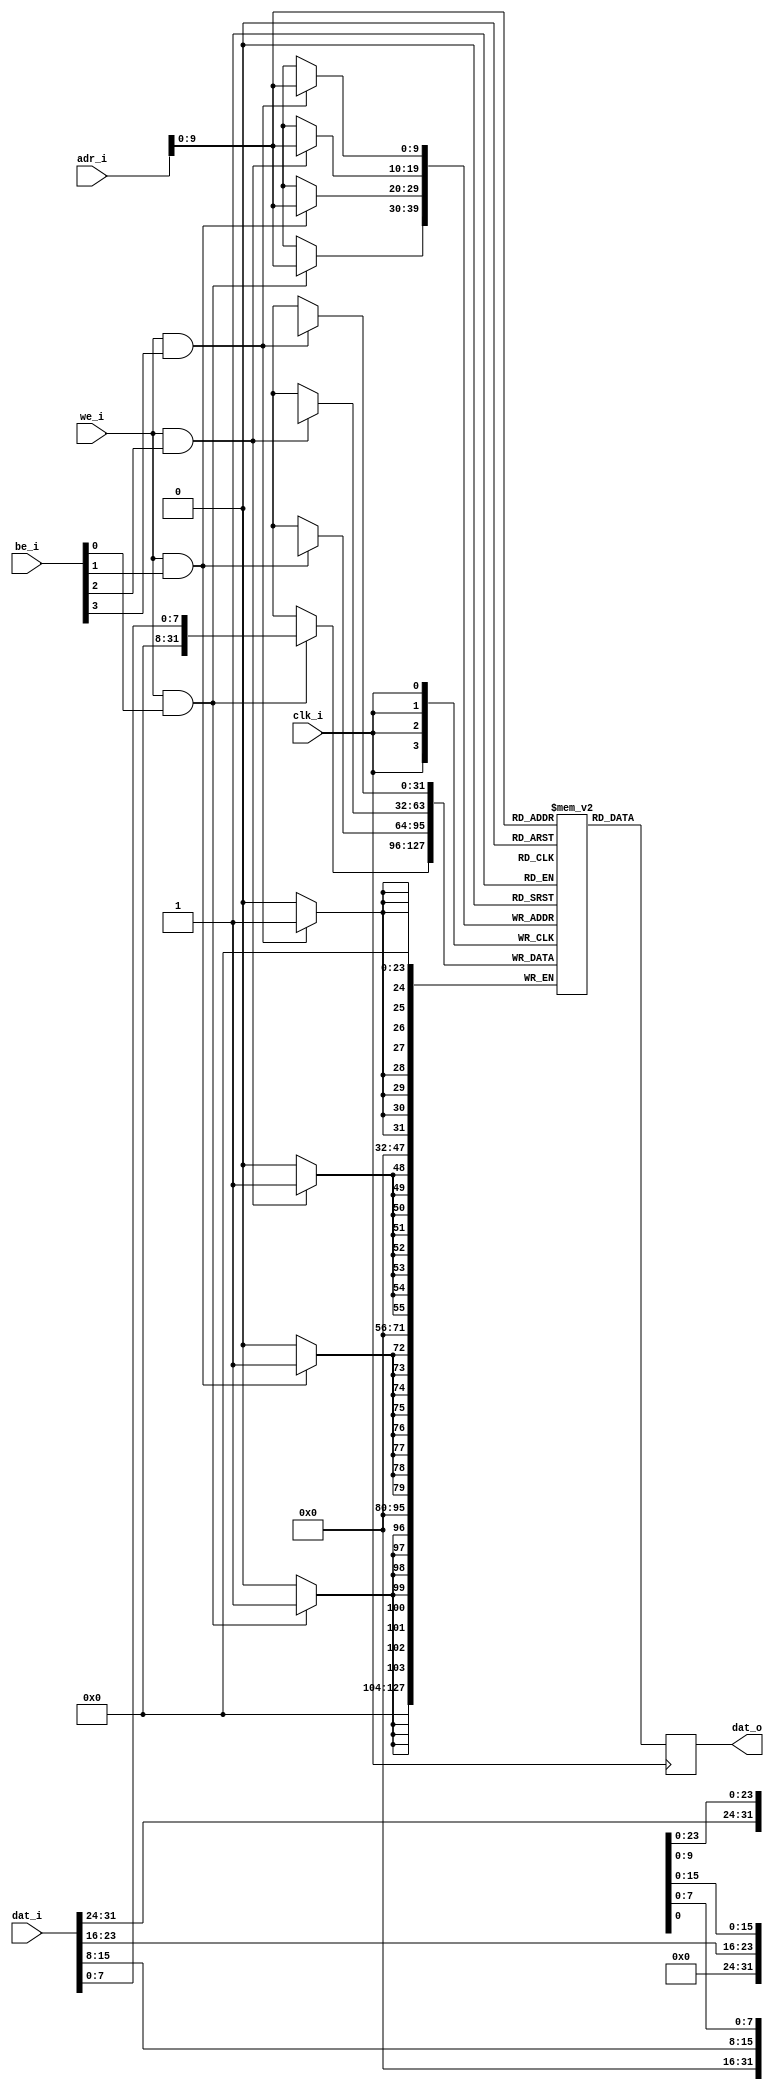
module SinglePortRam#(
    parameter NB_COL = 4,                       // Specify number of columns (number of bytes)
    parameter COL_WIDTH = 8,                  // Specify column width (byte width, typically 8 or 9)
    parameter RAM_DEPTH = 1024,                  // Specify RAM depth (number of entries)
    parameter INIT_FILE = ""                       // Specify name/location of RAM initialization file if using one (leave blank if not)
)(
    input clk_i,
    input we_i,
    input [clogb2(RAM_DEPTH)-1:0]  adr_i,    // Address bus; width determined from RAM_DEPTH
    input [NB_COL-1:0]             be_i,     // Byte-write enable
    input [(NB_COL*COL_WIDTH)-1:0] dat_i,    // RAM input data
    output[(NB_COL*COL_WIDTH)-1:0] dat_o     // RAM output data
);

    //memory
    reg [(NB_COL*COL_WIDTH)-1:0] ram [RAM_DEPTH-1:0];
    reg [(NB_COL*COL_WIDTH)-1:0] q = {(NB_COL*COL_WIDTH){1'b0}};

  // The following code either initializes the memory values to a specified file or to all zeros to match hardware
  generate
    if (INIT_FILE != "") begin: use_init_file
      initial
        $readmemh(INIT_FILE, ram, 0, RAM_DEPTH-1);
    end else begin: init_bram_to_zero
      integer ram_index;
      initial
        for (ram_index = 0; ram_index < RAM_DEPTH; ram_index = ram_index + 1)
          ram[ram_index] = {(NB_COL*COL_WIDTH){1'b0}};
    end
  endgenerate

  //data read
  always @(posedge clk_i)
      q <= ram[adr_i];
  assign dat_o = q;
  
  //data write
  generate
  genvar i;
     for (i = 0; i < NB_COL; i = i+1) begin: byte_write
       always @(posedge clk_i)
         if (we_i & be_i[i])
           ram[adr_i][(i+1)*COL_WIDTH-1:i*COL_WIDTH] <= dat_i[(i+1)*COL_WIDTH-1:i*COL_WIDTH];
      end
  endgenerate

  //  The following function calculates the address width based on specified RAM depth
  function integer clogb2;
    input integer depth;
      for (clogb2=0; depth>0; clogb2=clogb2+1)
        depth = depth >> 1;
  endfunction
  
endmodule